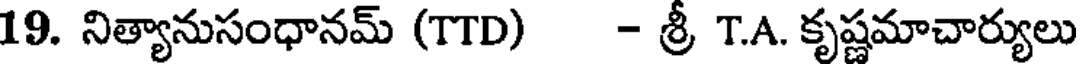
19. నిత్యానుసంధానమ్ (TTD) - శ్రీ T.A. కృష్ణమాచార్యులు